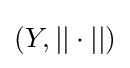
(Y,||\cdot ||)